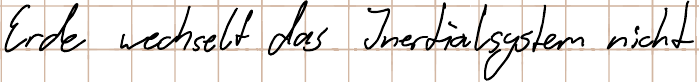
Erde wechselt das Inertialsystem nicht